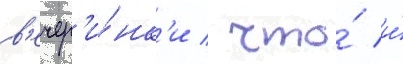
в'ечер'и́нк'и / что́ и́